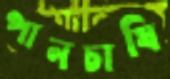
পানচাষি